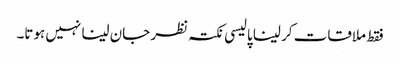
فقط ملاقات کر لینا پالیسی نکتہ نظر جان لینا نہیں ہوتا۔